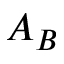
A _ { B }